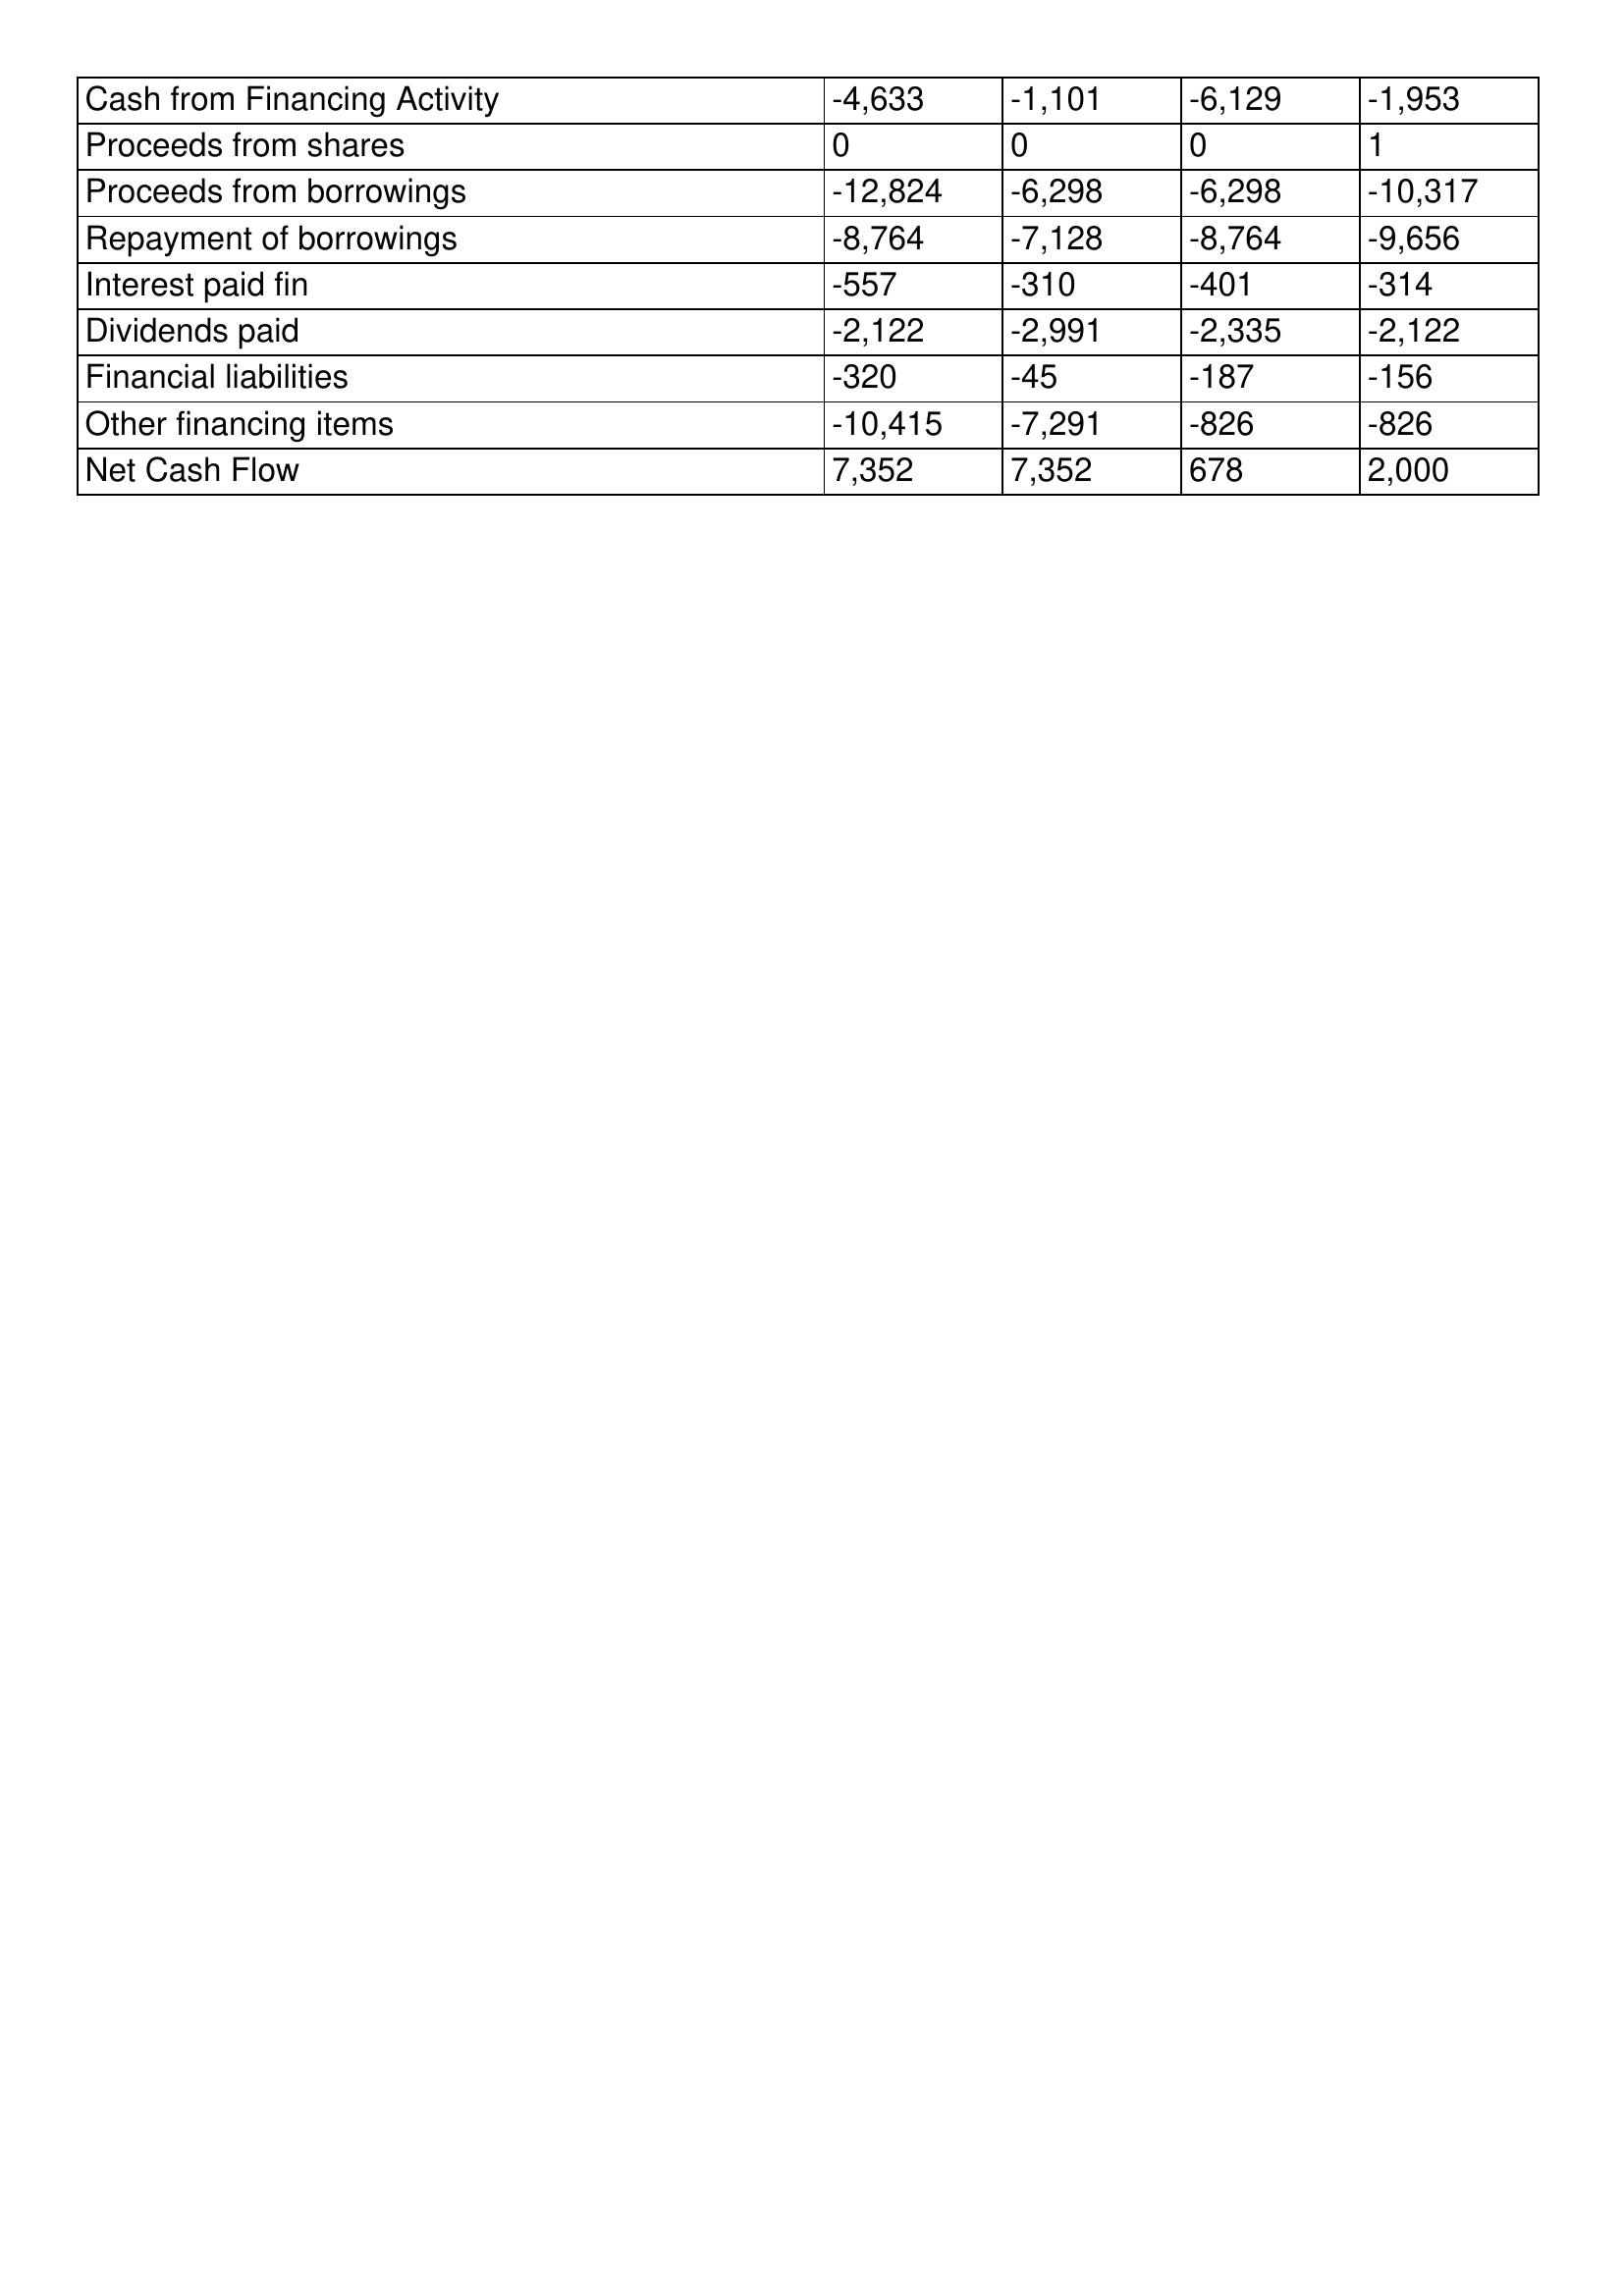
gt_parse: May-01: Cash Flows: Cash from Financing Activity: -4,633
Proceeds from shares: 0
Proceeds from borrowings: -12,824
Repayment of borrowings: -8,764
Interest paid fin: -557
Dividends paid: -2,122
Financial liabilities: -320
Other financing items: -10,415
Net Cash Flow: 7,352
May-00: Cash Flows: Cash from Financing Activity: -1,101
Proceeds from shares: 0
Proceeds from borrowings: -6,298
Repayment of borrowings: -7,128
Interest paid fin: -310
Dividends paid: -2,991
Financial liabilities: -45
Other financing items: -7,291
Net Cash Flow: 7,352
May-99: Cash Flows: Cash from Financing Activity: -6,129
Proceeds from shares: 0
Proceeds from borrowings: -6,298
Repayment of borrowings: -8,764
Interest paid fin: -401
Dividends paid: -2,335
Financial liabilities: -187
Other financing items: -826
Net Cash Flow: 678
May-98: Cash Flows: Cash from Financing Activity: -1,953
Proceeds from shares: 1
Proceeds from borrowings: -10,317
Repayment of borrowings: -9,656
Interest paid fin: -314
Dividends paid: -2,122
Financial liabilities: -156
Other financing items: -826
Net Cash Flow: 2,000